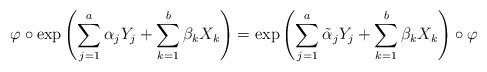
LaTeX: \begin{align*} \varphi \circ {\rm exp} \left( \sum_{j=1}^{a} \alpha_{j} Y_{j} + \sum_{k=1}^{b} \beta_{k} X_{k} \right) = {\rm exp}\left( \sum_{j=1}^{a} \tilde{\alpha}_{j} Y_{j} + \sum_{k=1}^{b} \beta_{k} X_{k} \right) \circ \varphi\end{align*}